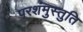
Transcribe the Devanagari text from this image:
परशंमुस्तुति